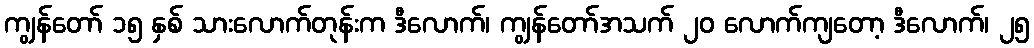
ကျွန်တော် ၁၅ နှစ် သားလောက်တုန်းက ဒီလောက်၊ ကျွန်တော်အသက် ၂၀ လောက်ကျတော့ ဒီလောက်၊ ၂၅